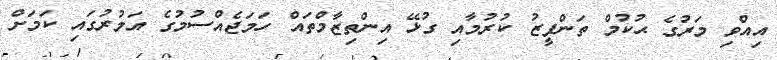
އިއްވި މަރުގެ ޙުކުމް ތަންފީޒު ކުރުމާއި ގުޅޭ އިންތިޒާމްތައް ހަމަޖެއްސުމުގެ އަމުރުގައި ކަމަށް